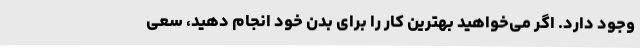
وجود دارد. اگر می‌خواهید بهترین کار را برای بدن خود انجام دهید، سعی